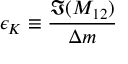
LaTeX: \epsilon _ { K } \equiv \frac { \Im ( M _ { 1 2 } ) } { \Delta m }